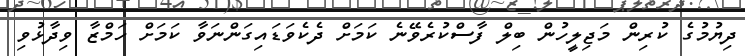
ދިޔުމުގެ ކުރިން މަޖިލީހުން ބިލް ފާސްކުރެވޭނެ ކަމަށް ދެކެވަޑައިގަންނަވާ ކަމަށް ހަމްޒާ ވިދާޅުވި